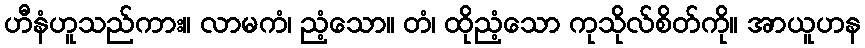
ဟီနံဟူသည်ကား။ လာမကံ၊ ညံ့သော။ တံ၊ ထိုညံ့သော ကုသိုလ်စိတ်ကို။ အာယူဟန